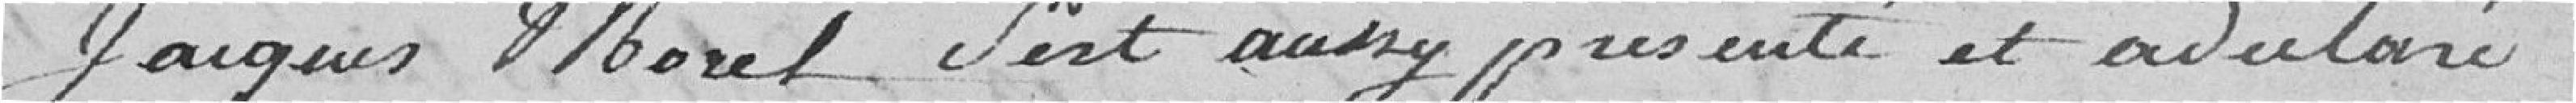
Jacques Morel s'est aussy présenté et a déclaré